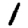
Digit: 1